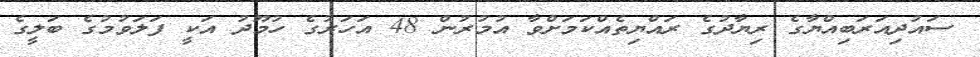
ސައުދިއަރަބިއްޔާގެ ރިޔާދުގެ ރައްޔިތެއްކަމަށްވާ އުމުރުން 48 އަހަރުގެ ހުމޫދު އަކީ ފަލަވުމުގެ ބަލީގެ